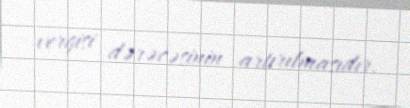
vergisi dərəcəsinin artırılmasıdır.